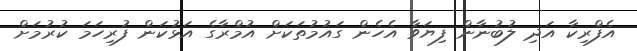
އެފްރިކާ އަދި ލުބުނާން ފިޔަވާ އެހެން ގައުމުތަކަށް އުމްރާގެ އަޅުކަން ފުރިހަމަ ކުރުމަށް